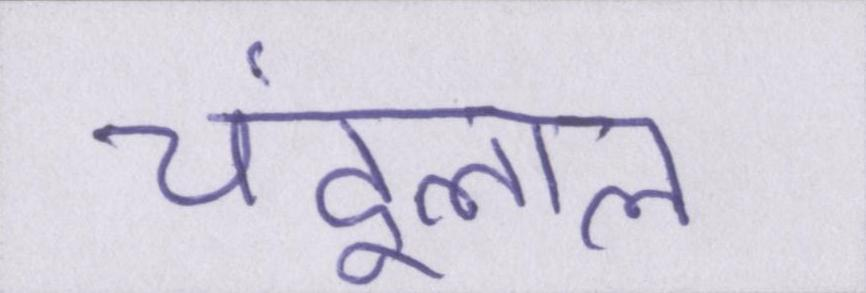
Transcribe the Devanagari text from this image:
चंदूलाल